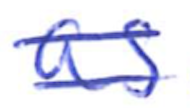
Text: as
Cross-out: double-line
Writing tool: ballpoint